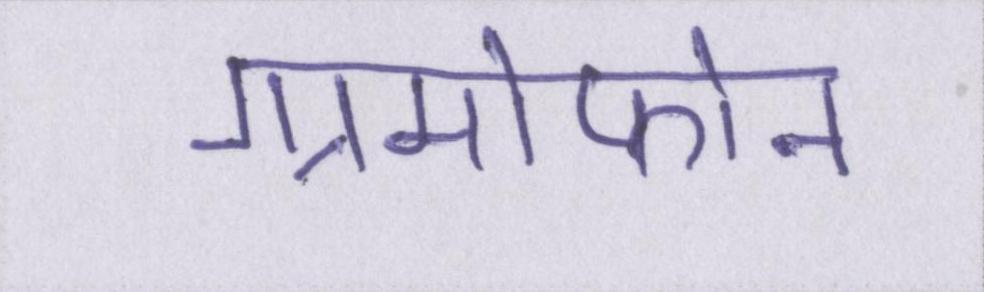
ग्रामोफोन